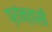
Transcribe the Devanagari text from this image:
प्रांन्तासी